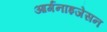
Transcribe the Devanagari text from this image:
आर्गनाइजेसन